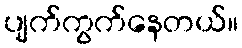
ပျက်ကွက်နေတယ်။